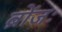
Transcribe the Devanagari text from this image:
ब्रोंजः